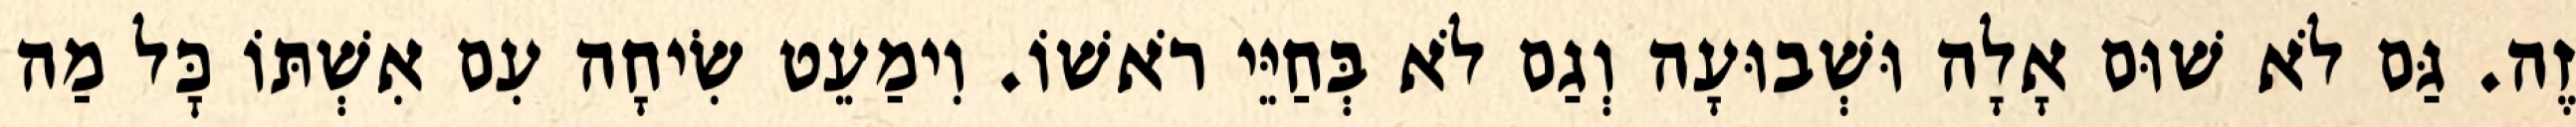
זֶה. גַּם לֹא שׁוּם אָלָה וּשְׁבוּעָה וְגַם לֹא בְּחַיֵּי רֹאשׁוֹ. וִימַעֵט שִׂיחָה עִם אִשְׁתּוֹ כׇּל מַה